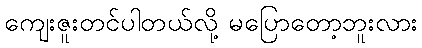
ကျေးဇူးတင်ပါတယ်လို့ မပြောတော့ဘူးလား